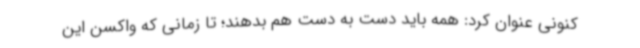
کنونی عنوان کرد: همه باید دست به دست هم بدهند؛ تا زمانی که واکسن این